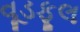
વૂડફૂલ